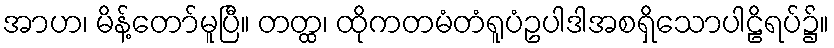
အာဟ၊ မိန့်တော်မူပြီ။ တတ္ထ၊ ထိုကတမံတံရူပံဥပါဒါအစရှိသောပါဠိရပ်၌။